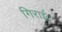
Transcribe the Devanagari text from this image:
गिराई।